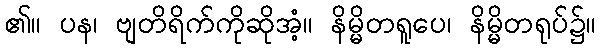
၏။ ပန၊ ဗျတိရိက်ကိုဆိုအံ့။ နိမ္မိတရူပေ၊ နိမ္မိတရုပ်၌။